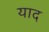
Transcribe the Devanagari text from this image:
याद